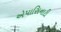
એપાસિનાટી